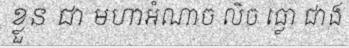
ខ្លួន ជា មហាអំណាច លិច ធ្លោ ជាង